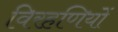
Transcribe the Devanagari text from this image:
विरहणियों